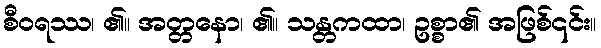
စီဝရဿ၊ ၏။ အတ္တနော၊ ၏။ သန္တကထာ၊ ဥစ္စာ၏ အဖြစ်၎င်း။